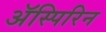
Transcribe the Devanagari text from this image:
अॅस्पिरिन